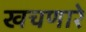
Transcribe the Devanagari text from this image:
खचणारे